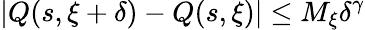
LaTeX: |Q(s,\xi+\delta)-Q(s,\xi)|\leq M_{\xi}\delta^{\gamma}